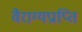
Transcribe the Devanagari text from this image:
वैराग्यप्राप्ति